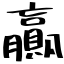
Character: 贏